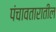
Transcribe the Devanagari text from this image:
पंचावतारातील